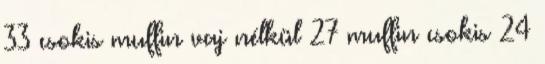
33 csokis muffin vaj nélkül 27 muffin csokis 24